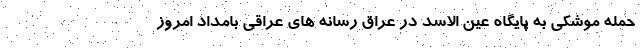
حمله موشکی به پایگاه عین الاسد در عراق رسانه های عراقی بامداد امروز